Civil Veterinary Dept. Bombay admin report 1914-1922 - 1914-1922
Year: 1914
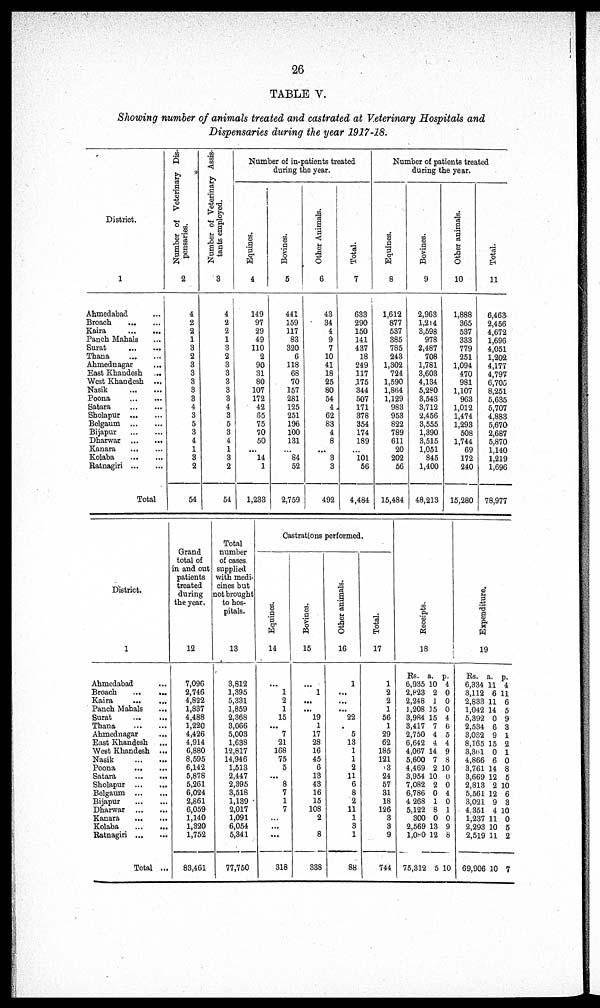
26
TABLE V.
Showing number of animals treated and castrated at Veterinary Hospitals and
Dispensaries during the year 1917-18.
District.
1
Ahmedabad ... ...
Broach
...
...
Kaira
...
...
Panch Mahals ... ...
Surat
...
...
Thana
...
...
Ahmednagar ... ...
East Khandesh
...
West Khandesh ...
Nasik
...
...
Poona
...
...
Satara
...
...
Sholapur
...
...
Belgaum
...
...
Bijapur ... ...
Dharwar
...
...
Kanara
...
...
Kolaba
...
...
Ratnagiri
...
...
Total
Number of Veterinary Dis-
pensaries.
2
4
2
2
1
3
2
3
3
3
3
3
4
3
5
3
4
1
3
2
54
Number of Veterinary Assis-
tants employed.
3
4
2
2
1
3
2
3
3
3
3
3
4
3
5
3
4
1
3
2
54
Number of in-patients treated
during the year.
Equines.
4
149
97
29
49
110
2
90
31
80
107
172
42
65
75
70
50
...
14
1
1,233
Bovines.
5
441
159
117
83
320
6
118
68
70
157
281
125
251
196
100
131
...
84
52
2,759
Other Animals.
6
43
34
4
9
7
10
41
18
25
80
54
4
62
83
4
8
...
3
3
492
Total.
7
633
290
150
141
437
18
249
117
175
344
507
171
378
354
174
189
...
101
56
4,484
Number of patients treated
during the year.
Equines.
8
1,612
877
537
385
785
243
1,302
724
1,590
1,864
1,129
983
953
822
789
611
20
202
56
15,484
Bovines.
9
2,963
1,214
3,598
978
2,487
708
1,781
3,603
4,134
5,290
3,543
3,712
2,456
3,555
1,390
3,515
1,051
845
1,400
48,213
Other animals.
10
1,888
365
537
333
779
251
1,094
470
981
1,107
963
1,012
1,474
1,293
508
1,744
69
172
240
15,280
Total.
11
6,463
2,456
4,672
1,696
4,051
1,202
4,177
4,797
6,705
8,251
5,635
5,707
4,883
5,670
2,687
5,870
1,140
1,219
1,696
78,977
District.
1
Ahmedabad ...
Broach
...
...
Kaira
... ...
Panch Mahals ...
Surat
...
...
Thana
...
...
Ahmednagar ...
East Khandesh ...
West Khandesh ...
Nasik
...
...
Poona
...
...
Satara
...
...
Sholapur
...
...
Belgaum
...
...
Bijapur
...
...
Dharwar
...
...
Kanara
...
...
Kolaba
...
...
Ratnagiri
...
...
Total ...
Grand
total of
in and out
patients
treated
during
the year.
12
7,096
2,746
4,822
1,837
4,488
1,220
4,426
4,914
6,880
8,595
6,142
5,878
5,261
6,024
2,861
6,059
1,140
1,320
1,752
83,461
Total
number
of cases.
supplied
with medi-
cines but
not brought
to hos-
pitals.
13
3,812
1,395
5,331
1,859
2,368
3,066
5,003
1,638
12,817
14,946
1,513
2,447
2,395
3,518
1,139
2,017
1,091
6,054
5,341
77,750
Castrations performed.
Equines.
14
...
1
2
1
15
...
7
21
168
75
5
...
8
7
1
7
...
...
...
318
Bovines.
15
...
1
...
...
19
1
17
28
16
45
6
13
43
16
15
108
2
...
8
338
Other animals.
16
1
...
...
...
22
5
13
1
1
2
11
6
8
2
11
1
3
1
88
Total.
17
1
2
2
1
56
1
29
62
185
121
3
24
57
31
18
126
3
3
9
744
Receipts.
18
Rs.
6,935
2,823
2,248
1,208
3,984
3,417
2,750
6,642
4,067
5,600
4,469
3,954
7,082
6,786
4 268
5,122
300
2,569
1,080
75,312
a.
10
2
1
15
15
7
4
4
14
7
2
10
2
0
1
8
0
13
12
5
p.
4
0
0
0
4
6
5
4
9
8
10
0
0
4
0
1
0
9
8
10
Expenditure.
19
Rs.
6,334
3,112
2,833
1,042
5,392
2,534
3,032
8,165
3,361
4,866
3,761
3,669
2,813
5,561
3,021
4,351
1,237
2,293
2,519
69,906
a.
11
6
11
14
0
6
9
15
0
6
14
12
2
12
9
4
11
10
11
10
p.
4
11
6
5
9
3
1
2
1
0
8
5
10
6
3
10
0
5
2
7